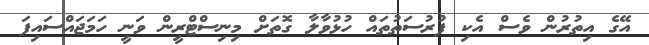
އޭގެ އިތުރުން ވެސް އެކި ފުރުސަތުތައް ހުޅުވާލާ ގޮތަށް މިނިސްޓްރީން ވަނީ ހަމަޖައްސައިފަ